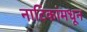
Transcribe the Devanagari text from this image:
नाटिकांमधून